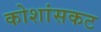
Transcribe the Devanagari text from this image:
कोशांसकट